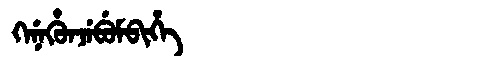
Manchu: ᡴᡝᠨᡝᡥᡠᠨᠵᡝᠪᡠᠮᠪᡳᡥᡝ
Romanization: KENEHUNJEBUMBIHE